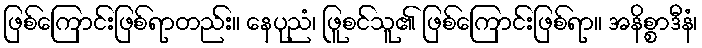
ဖြစ်ကြောင်းဖြစ်ရာတည်း။ နေပုညံ၊ ဖြူစင်သူ၏ ဖြစ်ကြောင်းဖြစ်ရာ။ အနိစ္စာဒီနံ၊